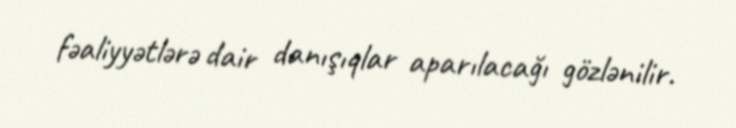
fəaliyyətlərə dair danışıqlar aparılacağı gözlənilir.